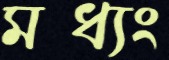
মধ্যং